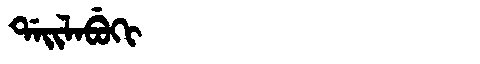
Manchu: ᡩᠠᡳᠯᠠᠪᡠᡴᡳ
Romanization: DAILABUKI